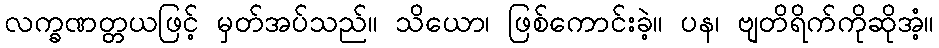
လက္ခဏတ္တယဖြင့် မှတ်အပ်သည်။ သိယော၊ ဖြစ်ကောင်းခဲ့။ ပန၊ ဗျတိရိက်ကိုဆိုအံ့။